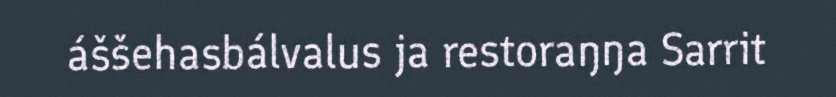
áššehasbálvalus ja restoraŋŋa Sarrit